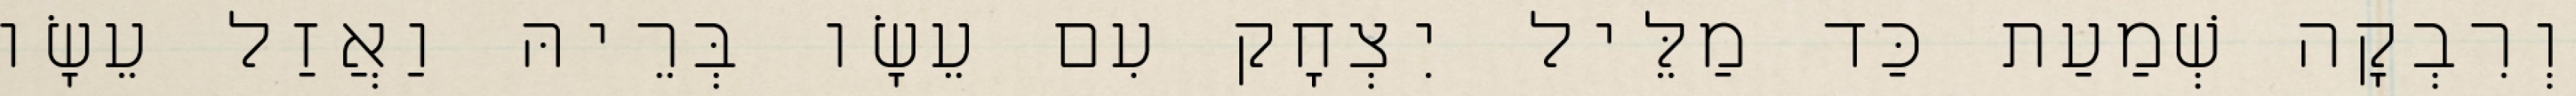
וְרִבְקָה שְׁמַעַת כַּד מַלֵּיל יִצְחָק עִם עֵשָׂו בְּרֵיהּ וַאֲזַל עֵשָׂו